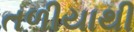
તળીયાથી